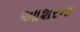
આશરના